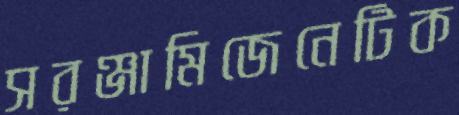
সরঞ্জামিজেনেটিক